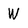
Character: W